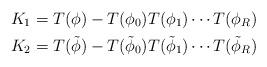
LaTeX: \begin{align*}K_1 &=T(\phi)-T(\phi_0)T(\phi_1)\cdots T(\phi_R)\\K_2 &=T(\tilde{\phi})-T(\tilde{\phi}_0)T(\tilde{\phi}_1)\cdots T(\tilde{\phi}_R)\end{align*}